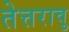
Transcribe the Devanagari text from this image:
तेत्तरावु